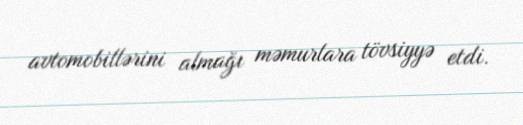
avtomobillərini almağı məmurlara tövsiyyə etdi.